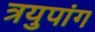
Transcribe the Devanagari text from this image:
त्रयुपांग